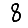
Digit: 8